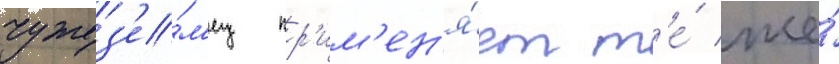
чужез'е́м'ец пр'им'ен'я́ет т'е́ же́